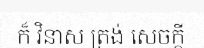
ក៏ វិនាស ត្រង់ សេចក្តី